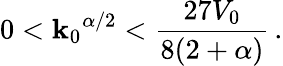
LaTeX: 0<{\mathbf{k}_{0}}^{\alpha/2}<\frac{{27V_{0}}}{{8(2+\alpha)}}\, .